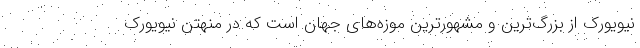
نیویورک از بزرگ‌ترین و مشهورترین موزه‌های جهان است که در منهتن نیویورک